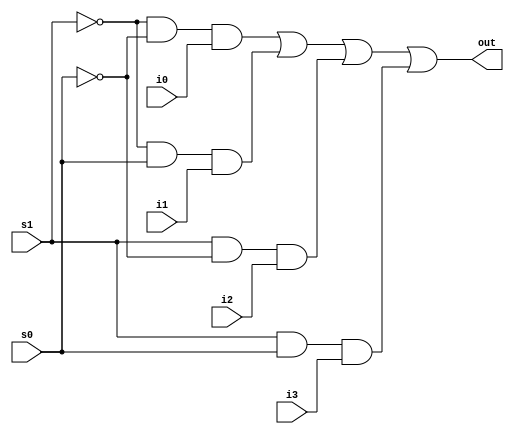
// 4 in 1 multiplexer
module multiplexer (
    input i0, i1, i2, i3,
    output out,
    input s0, s1
);

assign out = (~s1 & ~s0 & i0) | (~s1 & s0 & i1) |  (s1 & ~s0 & i2) |  (s1 & s0 & i3);

endmodule